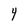
Character: Y